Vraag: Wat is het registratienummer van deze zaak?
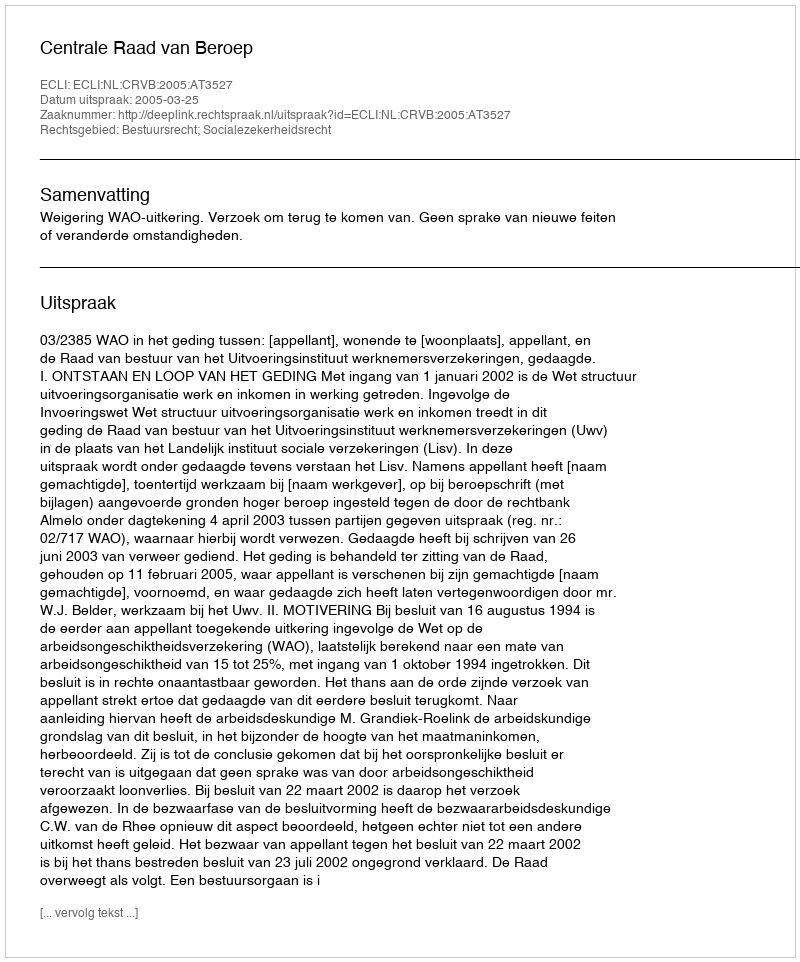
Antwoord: http://deeplink.rechtspraak.nl/uitspraak?id=ECLI:NL:CRVB:2005:AT3527